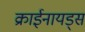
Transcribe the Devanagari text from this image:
क्राईनायड्स